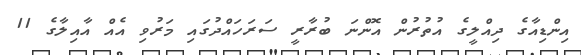
އިންޑިއާގެ ދިއްލީގެ އުތުރުން އޮންނަ ބުރާރީ ސަރަހައްދުގައި މަރުވި އެއް އާާއިލާގެ 11